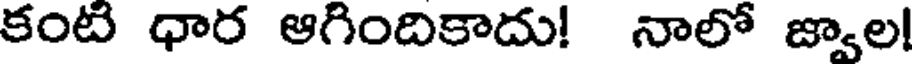
కంటి ధార ఆగిందికాదు! నాలో జ్వాల